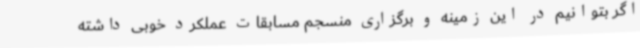
اگر بتوانیم در این زمینه و برگزاری منسجم مسابقات عملکرد خوبی داشته